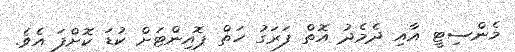
މެންސިޓީ އާއި ދެމެދު އޮތް ފަރަގު ހަތް ޕޮއިންޓަށް ކުޑަ ކޮށްފަ އެވެ.